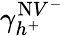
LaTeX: \gamma_{h^{+}}^{\mathrm{N}V^{-}}